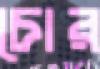
চোর